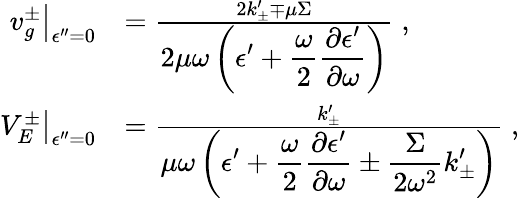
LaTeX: \begin{array}{rl}{\left.v_{g}^{\pm}\right|_{\epsilon^{\prime\prime}=0}}&{=\frac{2k_{\pm}^{\prime}\mp\mu\Sigma}{\displaystyle{2\mu\omega}\left(\epsilon^{\prime}+\frac{\omega}{2}\frac{\partial\epsilon^{\prime}}{\partial\omega}\right)}\; ,}\\ {\left.V_{E}^{\pm}\right|_{\epsilon^{\prime\prime}=0}}&{=\frac{k_{\pm}^{\prime}}{\displaystyle\mu\omega\left(\epsilon^{\prime}+\frac{\omega}{2}\frac{\partial\epsilon^{\prime}}{\partial\omega}\pm\frac{\Sigma}{2\omega^{2}}k_{\pm}^{\prime}\right)}\; ,}\end{array}